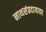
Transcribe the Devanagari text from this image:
नाथसंप्रदायावर